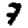
Digit: 7